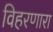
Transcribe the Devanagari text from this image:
विहरणारा